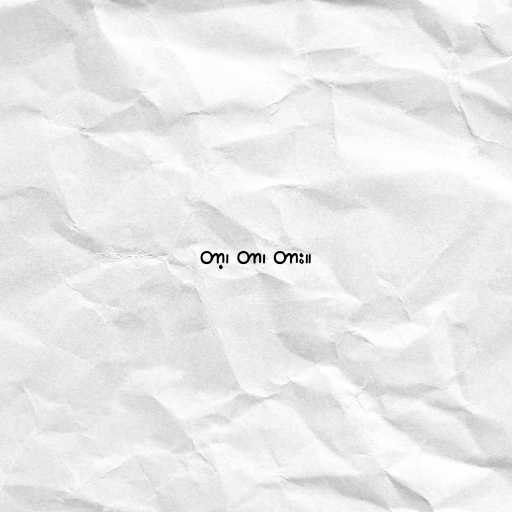
တာ့၊ တာ၊ တား။